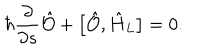
LaTeX: \hbar \frac { \partial } { \partial s } \hat { \cal O } + \bigl [ \hat { \cal O } , \hat { H } _ { L } \bigr ] = 0 .